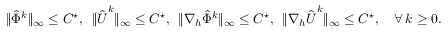
\| \hat { \Phi } ^ { k } \| _ { \infty } \leq C ^ { \star } , \, \, \, \| \hat { \boldsymbol { U } } ^ { k } \| _ { \infty } \leq C ^ { \star } , \, \, \, \| \nabla _ { h } \hat { \Phi } ^ { k } \| _ { \infty } \leq C ^ { \star } , \, \, \, \| \nabla _ { h } \hat { \boldsymbol { U } } ^ { k } \| _ { \infty } \leq C ^ { \star } , \quad \forall \, k \ge 0 .